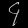
Digit: ၄